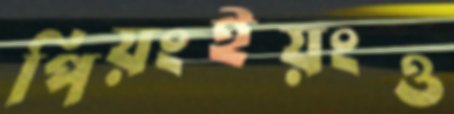
পিয়ংইয়ংও